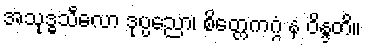
အသုဒ္ဓသီလော ဒုပ္ပညော၊ စိတ္တေကဂ္ဂံ န ဝိန္ဒတိ။